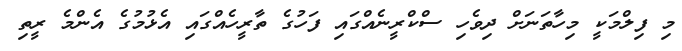
މި ފިލްމަކީ މިހާތަނަށް ދިވެހި ސްކްރީނެއްގައި ފަހުގެ ތާރީހެއްގައި އެޅުމުގެ އެންމެ ރީތި